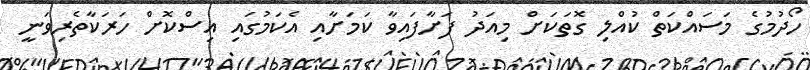
ހޯދުމުގެ މަސައްކަތް ކުއްލި ގޮތަކަށް މިއަދު ފަށާފައިވާ ކަމަށާއި އެކަމުގައި އިސްކޮށް ހަރަކާތެރިވަނީ